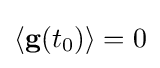
\langle \mathbf {g} (t_{0})\rangle =0